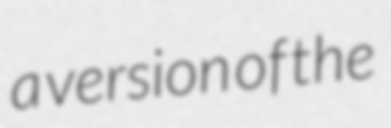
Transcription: a version of the